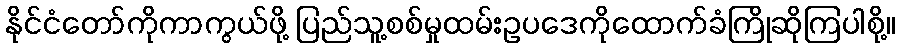
နိုင်ငံတော်ကိုကာကွယ်ဖို့ ပြည်သူ့စစ်မှုထမ်းဥပဒေကိုထောက်ခံကြိုဆိုကြပါစို့။